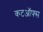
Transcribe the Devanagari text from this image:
कटऑफ्स